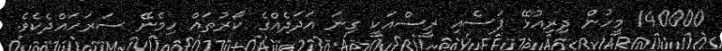
140000 މީހުން ދިރިއުޅޭ ޕަސެއި ރީސްއަކީ ގިނަ އަދަދެއްގެ ކޯރުތައް ހިމެނޭ ސަރަހައްދެކެވެ.